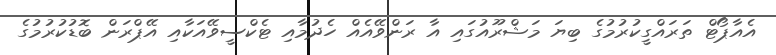
އެއާޕޯޓް ތަރައްގީކުރުމުގެ ބިޔަ މަޝްރޫއުގައި އާ ރަންވޭއެއް ހެދުމާއި ޓެކްސީވޭއަކާއި އޭޕްރަން ބޮޑުކުރުމުގެ